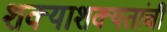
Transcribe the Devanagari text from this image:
शक्याशक्यतांची